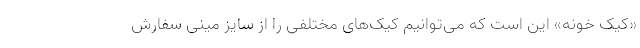
«کیک خونه» این است که می‌توانیم کیک‌های مختلفی را از سایز مینی سفارش